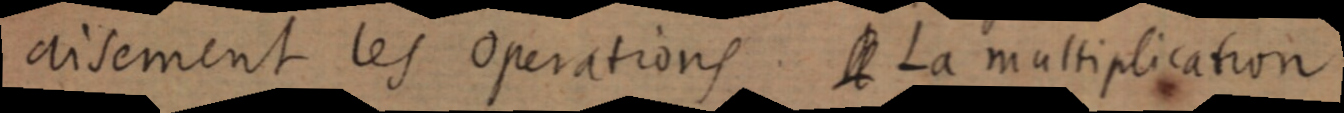
aisement les operations. [A] la multiplication